Annual report of the Punjab Veterinary College and of the Civil Veterinary Department, Punjab - 1909-1919
Year: 1909
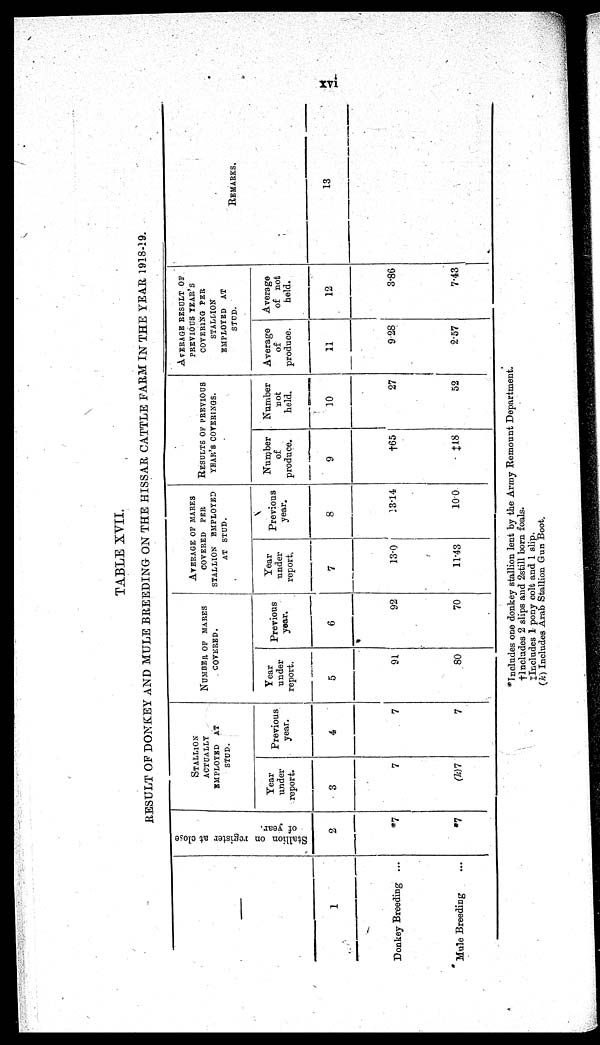
xvi
TABLE XVII.
RESULT OF DONKEY AND MULE BREEDING ON THE HISSAR CATTLE FARM IN THE YEAR 1918-19.
—
1
Donkey Breeding ...
Mule Breeding ...
Stallion on register at close
of year.
2
*7
*7
STALLION
ACTUALLY
EMPLOYED AT
STUD.
Year
under
report.
3
7
(k)7
Previous
year.
4
7
7
NUMBER OF MARES
COVERED.
Year
under
report.
5
91
80
Previous
year.
6
92
70
AVERAGE OF MARES
COVERED PER
STALLION EMPLOYED
AT STUD.
Year
under
report.
7
13.0
11.43
Previous
year.
8
13.14
10.0
RESULTS OF PREVIOUS
YEAR'S COVERINGS.
Number
of
produce.
9
†65
‡18
Number
not
held.
10
27
52
AVERAGE RESULT OF
PREVIOUS YEAR'S
COVERING PER
STALLION
EMPLOYED AT
STUD.
Average
of
produce.
11
9.28
2.57
Average
of not
held.
12
3.86
7.43
REMARKS.
13
* Includes one donkey stallion lent by the Army Remount Department.
† Includes 2 slips and 2still born foals.
‡ Includes 1 pony colt and 1 slip.
(k) Includes Arab Stallion Gun Boot.